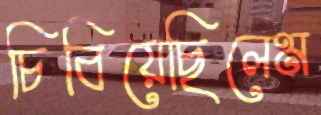
চিবিয়েছিলেম